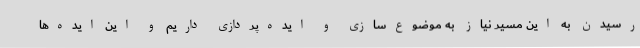
رسیدن به این مسیر نیاز به موضوع‌سازی و ایده‌پردازی داریم و این ایده‌ها